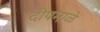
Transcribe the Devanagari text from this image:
दीपमाळे